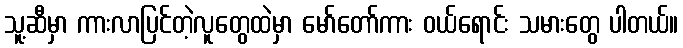
သူ့ဆီမှာ ကားလာပြင်တဲ့လူတွေထဲမှာ မော်တော်ကား ဝယ်ရောင်း သမားတွေ ပါတယ်။